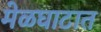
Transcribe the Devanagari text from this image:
मेळघाटात